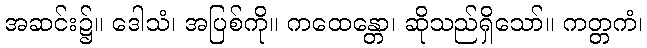
အဆင်း၌။ ဒေါသံ၊ အပြစ်ကို။ ကထေန္တော၊ ဆိုသည်ရှိသော်။ ကတ္တကံ၊